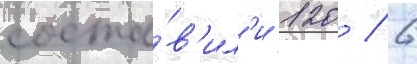
соста́в'ил'и 120 / 6